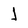
Character: j